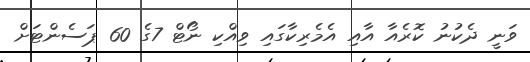
ވަނީ ދެކުނު ކޮރެއާ އާއި އެމެރިކާގައި ވިއްކި ނޯޓް 7ގެ 60 ޕަސެންޓަށް